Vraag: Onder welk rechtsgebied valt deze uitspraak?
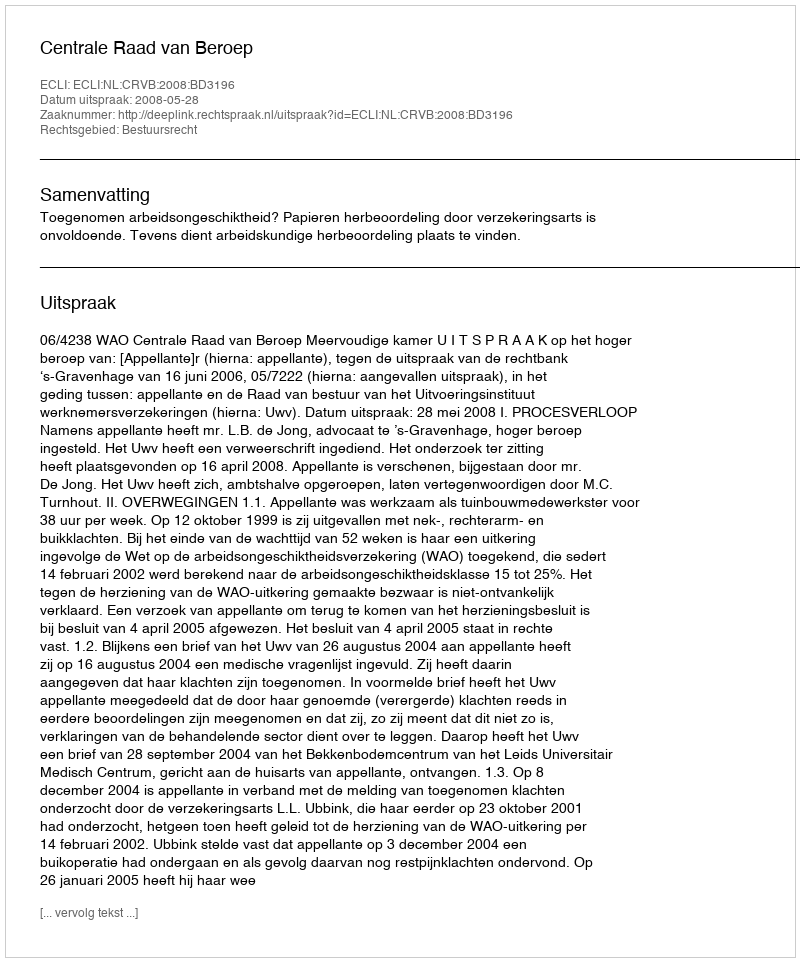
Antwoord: Bestuursrecht